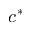
c ^ { * }